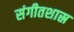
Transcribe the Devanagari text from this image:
संगीतशास्र